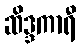
ဆိဒ္ဒကာရီ